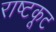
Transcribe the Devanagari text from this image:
राष्टकूट